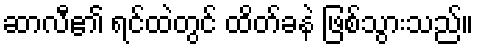
ဆာလီ၏ ရင်ထဲတွင် ထိတ်ခနဲ ဖြစ်သွားသည်။